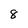
Character: 8